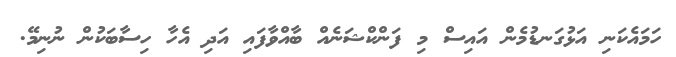
ހަމައެކަނި އަޅުގަނޑުމެން އައިސް މި ފަންކްޝަނެއް ބާއްވާފައި އަދި އެހާ ހިސާބަކުން ނުނިމޭ.